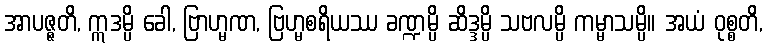
အာပဇ္ဇတိ, ဣဒမ္ပိ ခေါ, ဗြာဟ္မဏ, ဗြဟ္မစရိယဿ ခဏ္ဍမ္ပိ ဆိဒ္ဒမ္ပိ သဗလမ္ပိ ကမ္မာသမ္ပိ။ အယံ ဝုစ္စတိ,